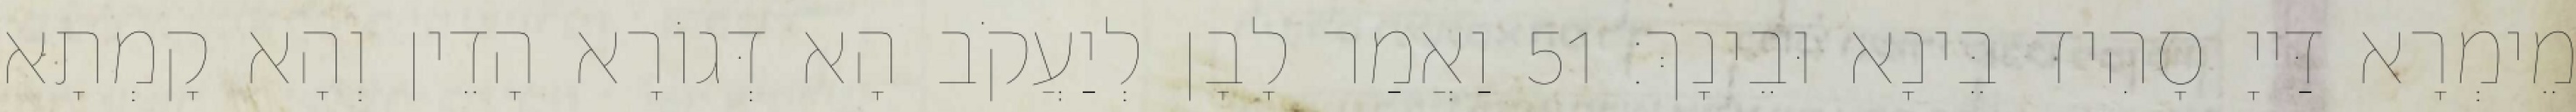
מֵימְרָא דַּייָ סָהִיד בֵּינָא וּבֵינָךְ׃ 51 וַאֲמַר לָבָן לְיַעֲקֹב הָא דְּגוֹרָא הָדֵין וְהָא קָמְתָא